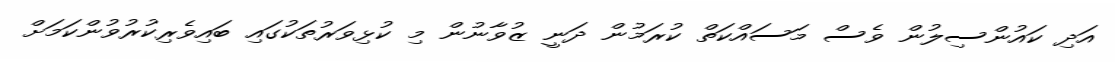
އަދި ކައުންސިލުން ވެސް މަސައްކަތް ކުރަމުން ދަނީ ޒުވާނުން މި ކުޅިވަރުތަކުގައި ބައިވެރިކުރުވުންކަމަށް